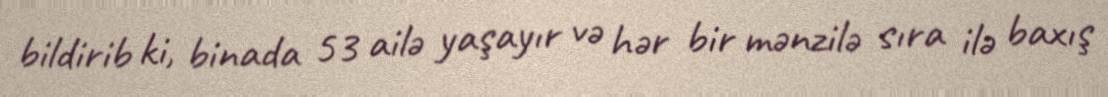
bildirib ki, binada 53 ailə yaşayır və hər bir mənzilə sıra ilə baxış